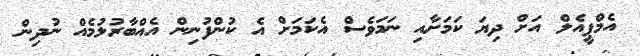
އެމްޕީއެލް އަށް ދިޔަ ކަމަށާއި ނަމަވެސް އެކަމަށް އެ ކުންފުނިން އެއްބާރުލުމެއް ނުދިން